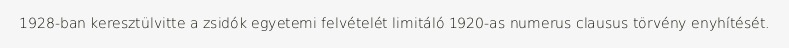
1928-ban keresztülvitte a zsidók egyetemi felvételét limitáló 1920-as numerus clausus törvény enyhítését.